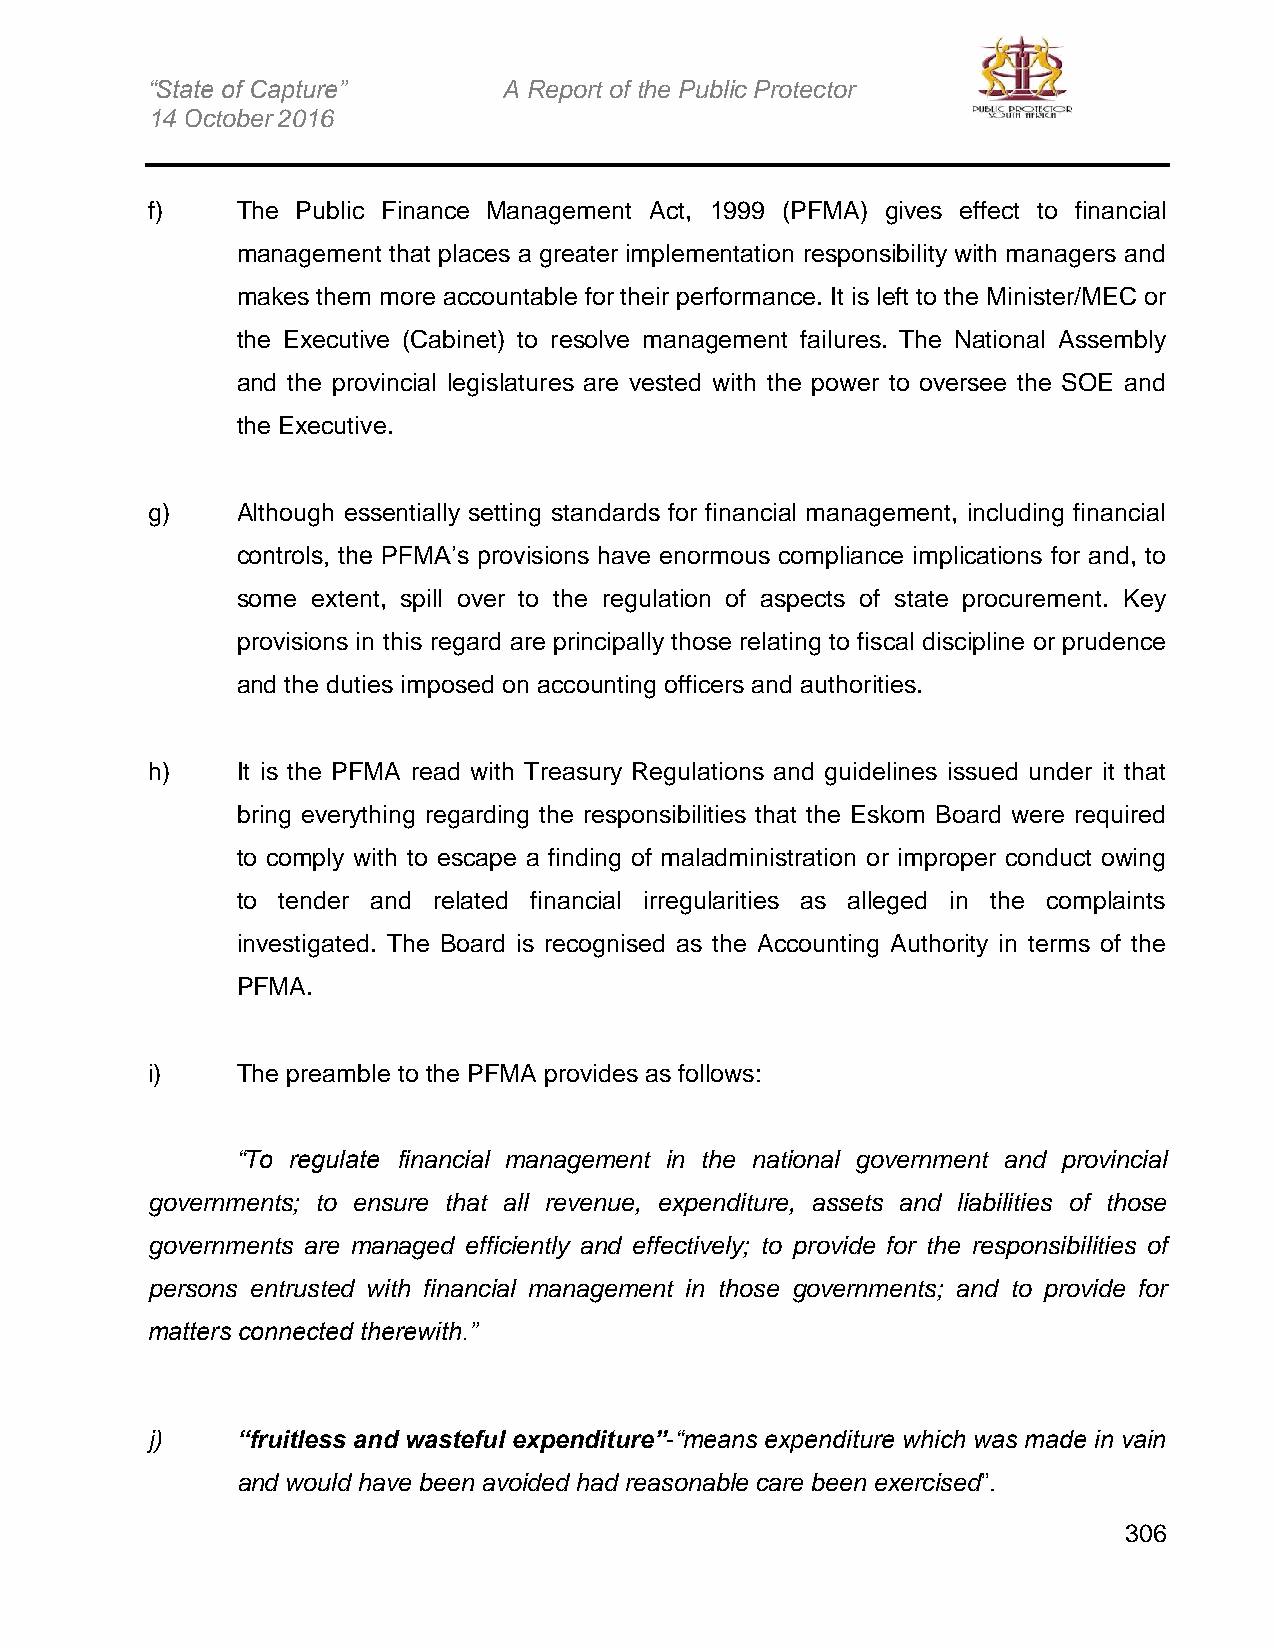
“State of Capture”     A Report of the Public Protector
 14 October 2016
 f)    The Public Finance Management Act, 1999 (PFMA) gives effect to financial
 management that places a greater implementation responsibility with managers and
 makes them more accountable for their performance. It is left to the Minister/MEC or
 the Executive (Cabinet) to resolve management failures. The National Assembly
 and the provincial legislatures are vested with the power to oversee the SOE and
 the Executive.
 g)    Although essentially setting standards for financial management, including financial
 controls, the PFMA’s provisions have enormous compliance implications for and, to
 some extent, spill over to the regulation of aspects of state procurement. Key
 provisions in this regard are principally those relating to fiscal discipline or prudence
 and the duties imposed on accounting officers and authorities.
 h)    It is the PFMA read with Treasury Regulations and guidelines issued under it that
 bring everything regarding the responsibilities that the Eskom Board were required
 to comply with to escape a finding of maladministration or improper conduct owing
 to tender and related financial irregularities as alleged in the complaints
 investigated. The Board is recognised as the Accounting Authority in terms of the
 PFMA.
 i)    The preamble to the PFMA provides as follows:
 “To regulate financial management in the national government and provincial
 governments; to ensure that all revenue, expenditure, assets and liabilities of those
 governments are managed efficiently and effectively; to provide for the responsibilities of
 persons entrusted with financial management in those governments; and to provide for
 matters connected therewith.”
 j)    “fruitless and wasteful expenditure”-“means expenditure which was made in vain
 and would have been avoided had reasonable care been exercised”.
 306